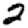
Digit: 2